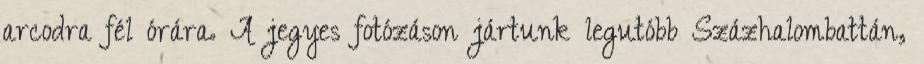
arcodra fél órára. A jegyes fotózáson jártunk legutóbb Százhalombattán,